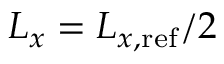
L _ { x } = L _ { x , \mathrm { r e f } } / 2